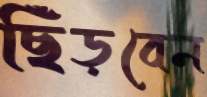
ছিঁড়বেন